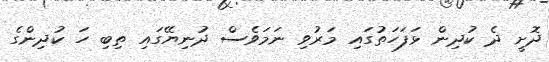
ދޮށީ ދެ ކުދިން ޅަފަހަތުގައި މަރުވި ނަމަވެސް ދުނިޔޭގައި ތިބި ހަ ކުދިންގެ